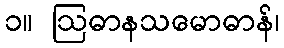
၁။ ဩဓာနသမောဓာန်၊